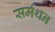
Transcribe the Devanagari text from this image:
सर्मथन